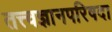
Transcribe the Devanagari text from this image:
तत्त्वज्ञानपरिषदा